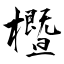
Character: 櫭